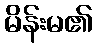
မိန်းမ၏